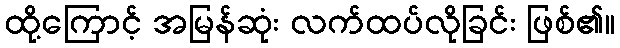
ထို့ကြောင့် အမြန်ဆုံး လက်ထပ်လိုခြင်း ဖြစ်၏။